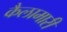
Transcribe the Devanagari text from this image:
कैलामारी